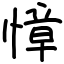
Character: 慞